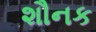
શૌનક